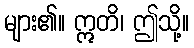
များ၏။ ဣတိ၊ ဤသို့။